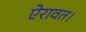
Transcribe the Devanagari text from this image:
ऐरावत।